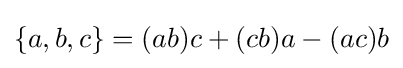
\{a,b,c\}=(ab)c+(cb)a-(ac)b